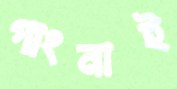
গাংনাই